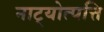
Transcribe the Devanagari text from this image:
नाट्योत्पत्ति